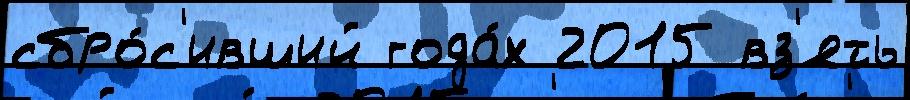
сбро́с'ивший года́х 2015 вз'ять